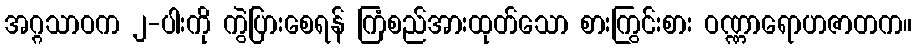
အဂ္ဂသာဝက ၂-ပါးကို ကွဲပြားစေရန် ကြံစည်အားထုတ်သော စားကြွင်းစား ဝဏ္ဏာရောဟဇာတက။